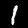
Label: 1